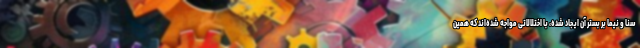
سنا و نیما بر بستر آن ایجاد شده، با اختلالاتی مواجه شده‌اند که همین